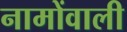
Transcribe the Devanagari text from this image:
नामोंवाली